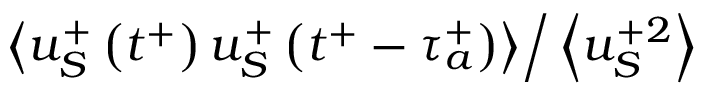
\left. \left< u _ { S } ^ { + } \left( t ^ { + } \right) u _ { S } ^ { + } \left( t ^ { + } - \tau _ { a } ^ { + } \right) \right> \right/ \left< u _ { S } ^ { + 2 } \right>